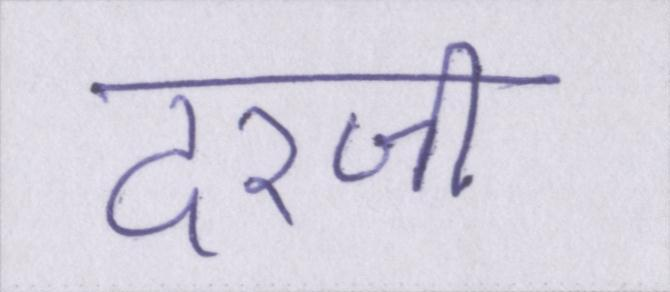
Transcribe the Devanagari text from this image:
दरजी